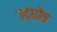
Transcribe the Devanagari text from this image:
उद्‌घोष